Sketch of the medical history of the native army of Bombay, for the year
Year: 1872
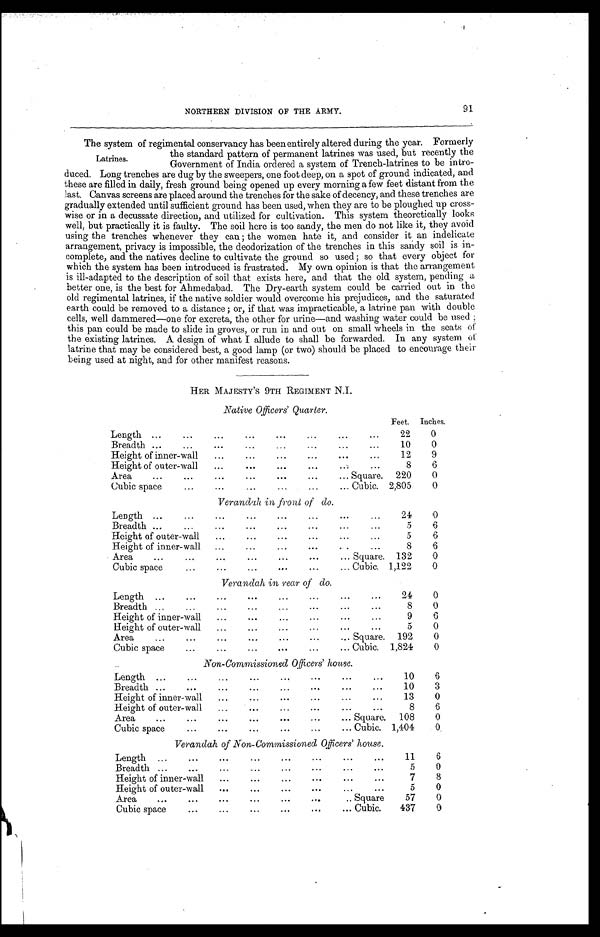
91
NORTHERN DIVISION OF THE ARMY.
The system of regimental conservancy has been entirely altered during the year. Formerly
the standard pattern of permanent latrines was used, but recently the
Government of India ordered a system of Trench-latrines to be intro
-
duced. Long trenches are dug by the sweepers, one foot deep, on a spot of ground indicated, and
these are filled in daily, fresh ground being opened up every morning a few feet distant from the
last. Canvas screens are placed around the trenches for the sake of decency, and these trenches are
gradually extended until sufficient ground has been used, when they are to be ploughed up cross
-
wise or in a decussate direction, and utilized for cultivation. This system theoretically looks
well, but practically it is faulty. The soil here is too sandy, the men do not like it, they avoid
using the trenches whenever they can; the women hate it, and consider it an indelicate
arrangement, privacy is impossible, the deodorization of the trenches in this sandy soil is in
-
complete, and the natives decline to cultivate the ground so used; so that every object for
which the system has been introduced is frustrated. My own opinion is that the arrangement
is ill-adapted to the description of soil that exists here, and that the old system, pending a
better one, is the best for Ahmedabad. The Dry-earth system could be carried out in the
old regimental latrines, if the native soldier would overcome his prejudices, and the saturated
earth could be removed to a distance; or, if that was impracticable, a latrine pan with double
cells, well dammered—one for excreta, the other for urine—and washing water could be used;
this pan could be made to slide in groves, or run in and out on small wheels in the seats of
the existing latrines. A design of what I allude to shall be forwarded. In any system of
latrine that may be considered best, a good lamp (or two) should be placed to encourage their
being used at night, and for other manifest reasons.
HER MAJESTY'S 9TH REGIMENT N.I.
Native Officers' Quarter.
Feet.
Inches.
Length . . .
. . .
22
0
Breadth . . .
. . .
10
0
Height of inner-wall . . .
. . .
12
9
Height of outer-wall . . .
. . .
8
6
Area . . .
Square.
220
0
Cubic space . . .
Cubic.
2,805
0
Verandah in front of do.
Length . . .
. . .
24
0
Breadth . . .
. . .
5
6
Height of outer-wall . . .
. . .
5
6
Height of inner-wall . . .
. . .
8
6
Area . . .
Square.
132
0
Cubic space . . .
Cubic.
1,122
0
Verandah in rear of do.
Length . . .
. . .
24
0
Breadth . . .
. . .
8
0
Height of inner-wall . . .
. . .
9
6
Height of outer-wall . . .
. . .
5
0
Area . . .
Square.
192
0
Cubic space . . .
Cubic.
1,824
0
Non-Commissioned Officers' house.
Length . . .
. . .
10
6
Breadth . . .
. . .
10
3
Height of inner-wall . . .
. . .
13
0
Height of outer-wall . . .
. . .
8
6
Area . . .
Square.
108
0
Cubic space . . .
Cubic.
1,404
0
Verandah of Non-Commissioned Officers' house.
Length . . .
. . .
11
6
Breadth . . .
. . .
5
0
Height of inner-wall . . .
. . .
7
8
Height of outer-wall . . .
. . .
5
0
Area . . .
Square
57
0
Cubic space . . .
Cubic.
437
0
Latrines.